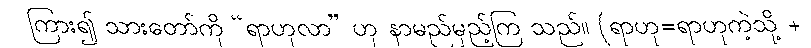
ကြား၍ သားတော်ကို “ရာဟုလာ” ဟု နာမည်မှည့်ကြ သည်။ (ရာဟု=ရာဟုကဲ့သို့ +